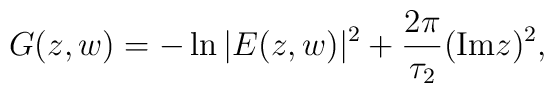
G(z,w)=-\ln{|E(z,w)|^{2}} + \frac{2\pi}{\tau_{2}}({\rm Im}z)^{2},